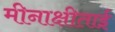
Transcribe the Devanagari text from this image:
मीनाक्षीताई